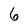
Character: 6